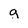
Character: g